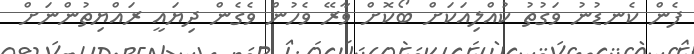
ފެން ކެނޑުނު ވަގުތު ކުއްލިއަކަށް ބޯކޮށް ވާރޭ ވެހުން ވެގެން ދިޔައީ ރައްޔިތުންނަށް